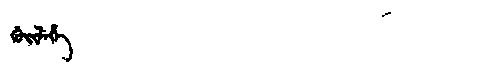
Manchu: ᡤᡠᡳᠯᡝᡥᡝ
Romanization: GUILEHE